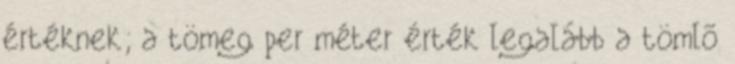
értéknek; a tömeg per méter érték legalább a tömlõ